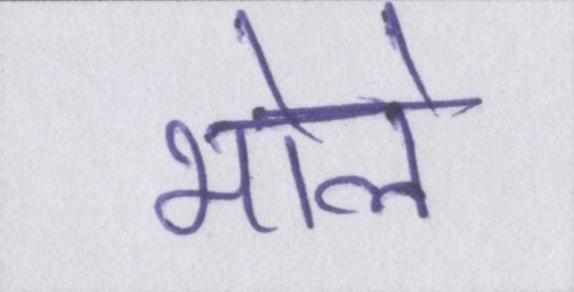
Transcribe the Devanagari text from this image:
भोले